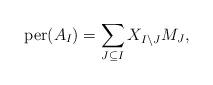
LaTeX: \begin{align*}{\rm per}(A_I)=\sum_{J\subseteq I}X_{I\setminus J}M_J,\end{align*}